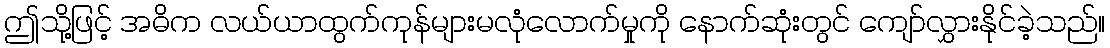
ဤသို့ဖြင့် အဓိက လယ်ယာထွက်ကုန်များမလုံလောက်မှုကို နောက်ဆုံးတွင် ကျော်လွှားနိုင်ခဲ့သည်။